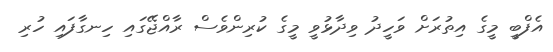
އެފްބީ މީގެ އިތުުރަށް ވަހީދު ވިދާޅުވީ މީގެ ކުރިންވެސް ރާއްޖޭގައި ހިނގާފައި ހުރި